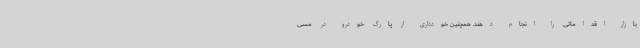
بازار اقداماتی را انجام دهند. همچنین خودداری از پارک خودرو در مسی